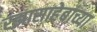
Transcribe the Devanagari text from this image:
रझासाहेबाच्या